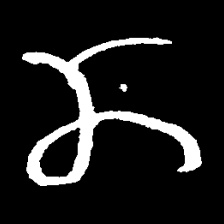
Pyu character \u2014 Myanmar letter: ဏ (romanized: nna)